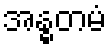
အန္ဓတမံ